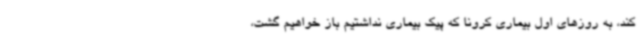
کند، به روزهای اول بیماری کرونا که پیک بیماری نداشتیم باز خواهیم گشت،